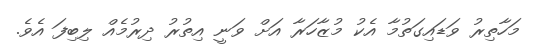
މަހާތިރު ވަޑައިގަތުމާ އެކު މުޒާހަރާ އަށް ވަނީ އިތުރު ދިރުމެއް ލިބިފަ އެވެ.